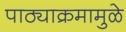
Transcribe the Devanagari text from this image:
पाठ्याक्रमामुळे